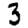
Digit: 3